Reports on dispensaries and lunatic asylums in the Province of Oudh - 1869-1876
Year: 1869
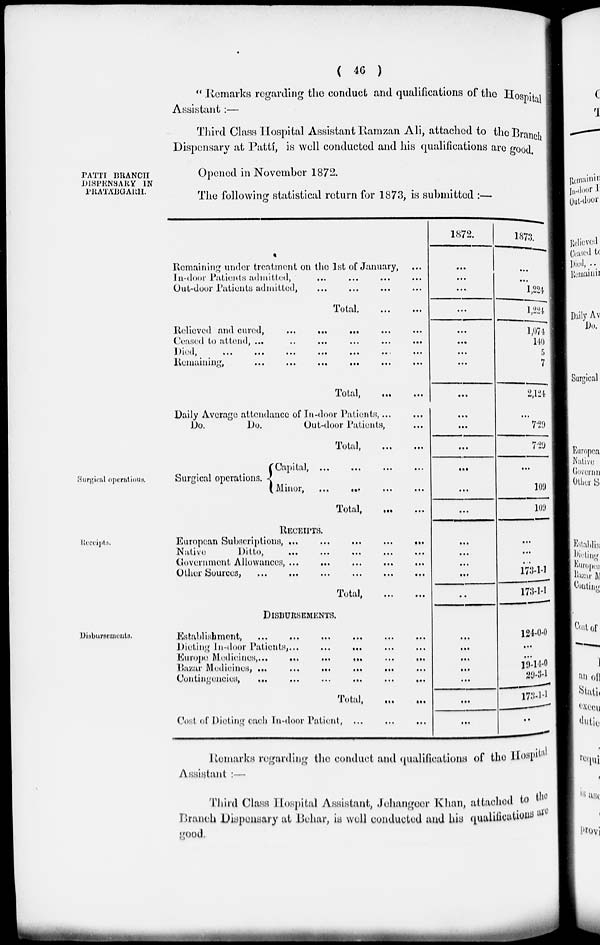
( 46 )
" Remarks regarding the conduct and qualifications of the Hospital
Assistant :—
Third Class Hospital Assistant Ramzan Ali, attached to the Branch
Dispensary at Pattí, is well conducted and his qualifications are good
PATTI BRANCH
DISPENSARY IN
PRATÁBGARH.
Opened in November 1872.
The following statistical return for 1873, is submitted :—
Remaining under treatment on the 1st of January, ...
In-door Patients admitted, ... ... ... ...
Out-door Patients admitted, ... ... ... ...
Total. ... ...
Relieved and cured,
...
...
... ... ...
Ceased to attend, ...
..
...
...
...
...
Died, ... ... ... ... ... ... ... ...
Remaining,
...
...
...
... ... ...
Total,
...
...
Daily Average attendance of In-door Patients, ... ...
Do.
Do.
Out-door Patients, ...
Total, ... ...
1872.
...
...
...
...
...
...
...
...
...
...
...
...
1873.
...
...
1,221
1,224
1,074
140
5
7
2,124
...
7.29
7.29
Surgical operatious.
Surgical operations.
Capital, ...
...
...
...
Minor,
... ... ... ...
Total,
...
...
...
...
...
...
109
109
Receipts.
RECEIPTS.
European Subscriptions, ...
...
...
...
...
Native
Ditto,
Government Allowances, ...
Other Sources,
...
...
...
...
...
...
Total,
...
...
...
...
...
...
..
...
...
...
173-1-1
173-1-1
Disbursements.
DISBURSEMENTS.
Establishment,
...
...
Dieting In-door Patients, ...
...
...
Europe Medicines,...
...
...
...
...
...
Bazar Medicines, ...
...
...
Contingencies,
...
...
...
...
...
...
Total,
...
...
Cost of Dieting each In-door Patient, ... ... ...
...
...
...
...
...
...
...
124-0-0
...
...
19-14-0
29-3-1
173-1-1
...
Remarks regarding the conduct and qualifications of the Hospital
Assistant :—
Third Class Hospital Assistant, Jehangeer Khan, attached to the
Branch Dispensary at Behar, is well conducted and his qualifications are
good.